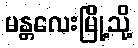
မန္တလေးမြို့သို့